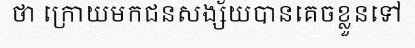
ថា ក្រោយមកជនសង្ស័យបានគេចខ្លួនទៅ